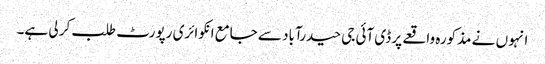
انہو ں نے مذکورہ واقعے پر ڈی آئی جی حیدرآباد سے جامع انکوائری رپورٹ طلب کر لی ہے۔